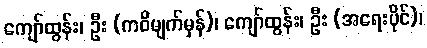
ကျော်ထွန်း၊ ဦး (ကဝိမျက်မှန်)၊ ကျော်ထွန်း၊ ဦး (အရေးပိုင်)၊